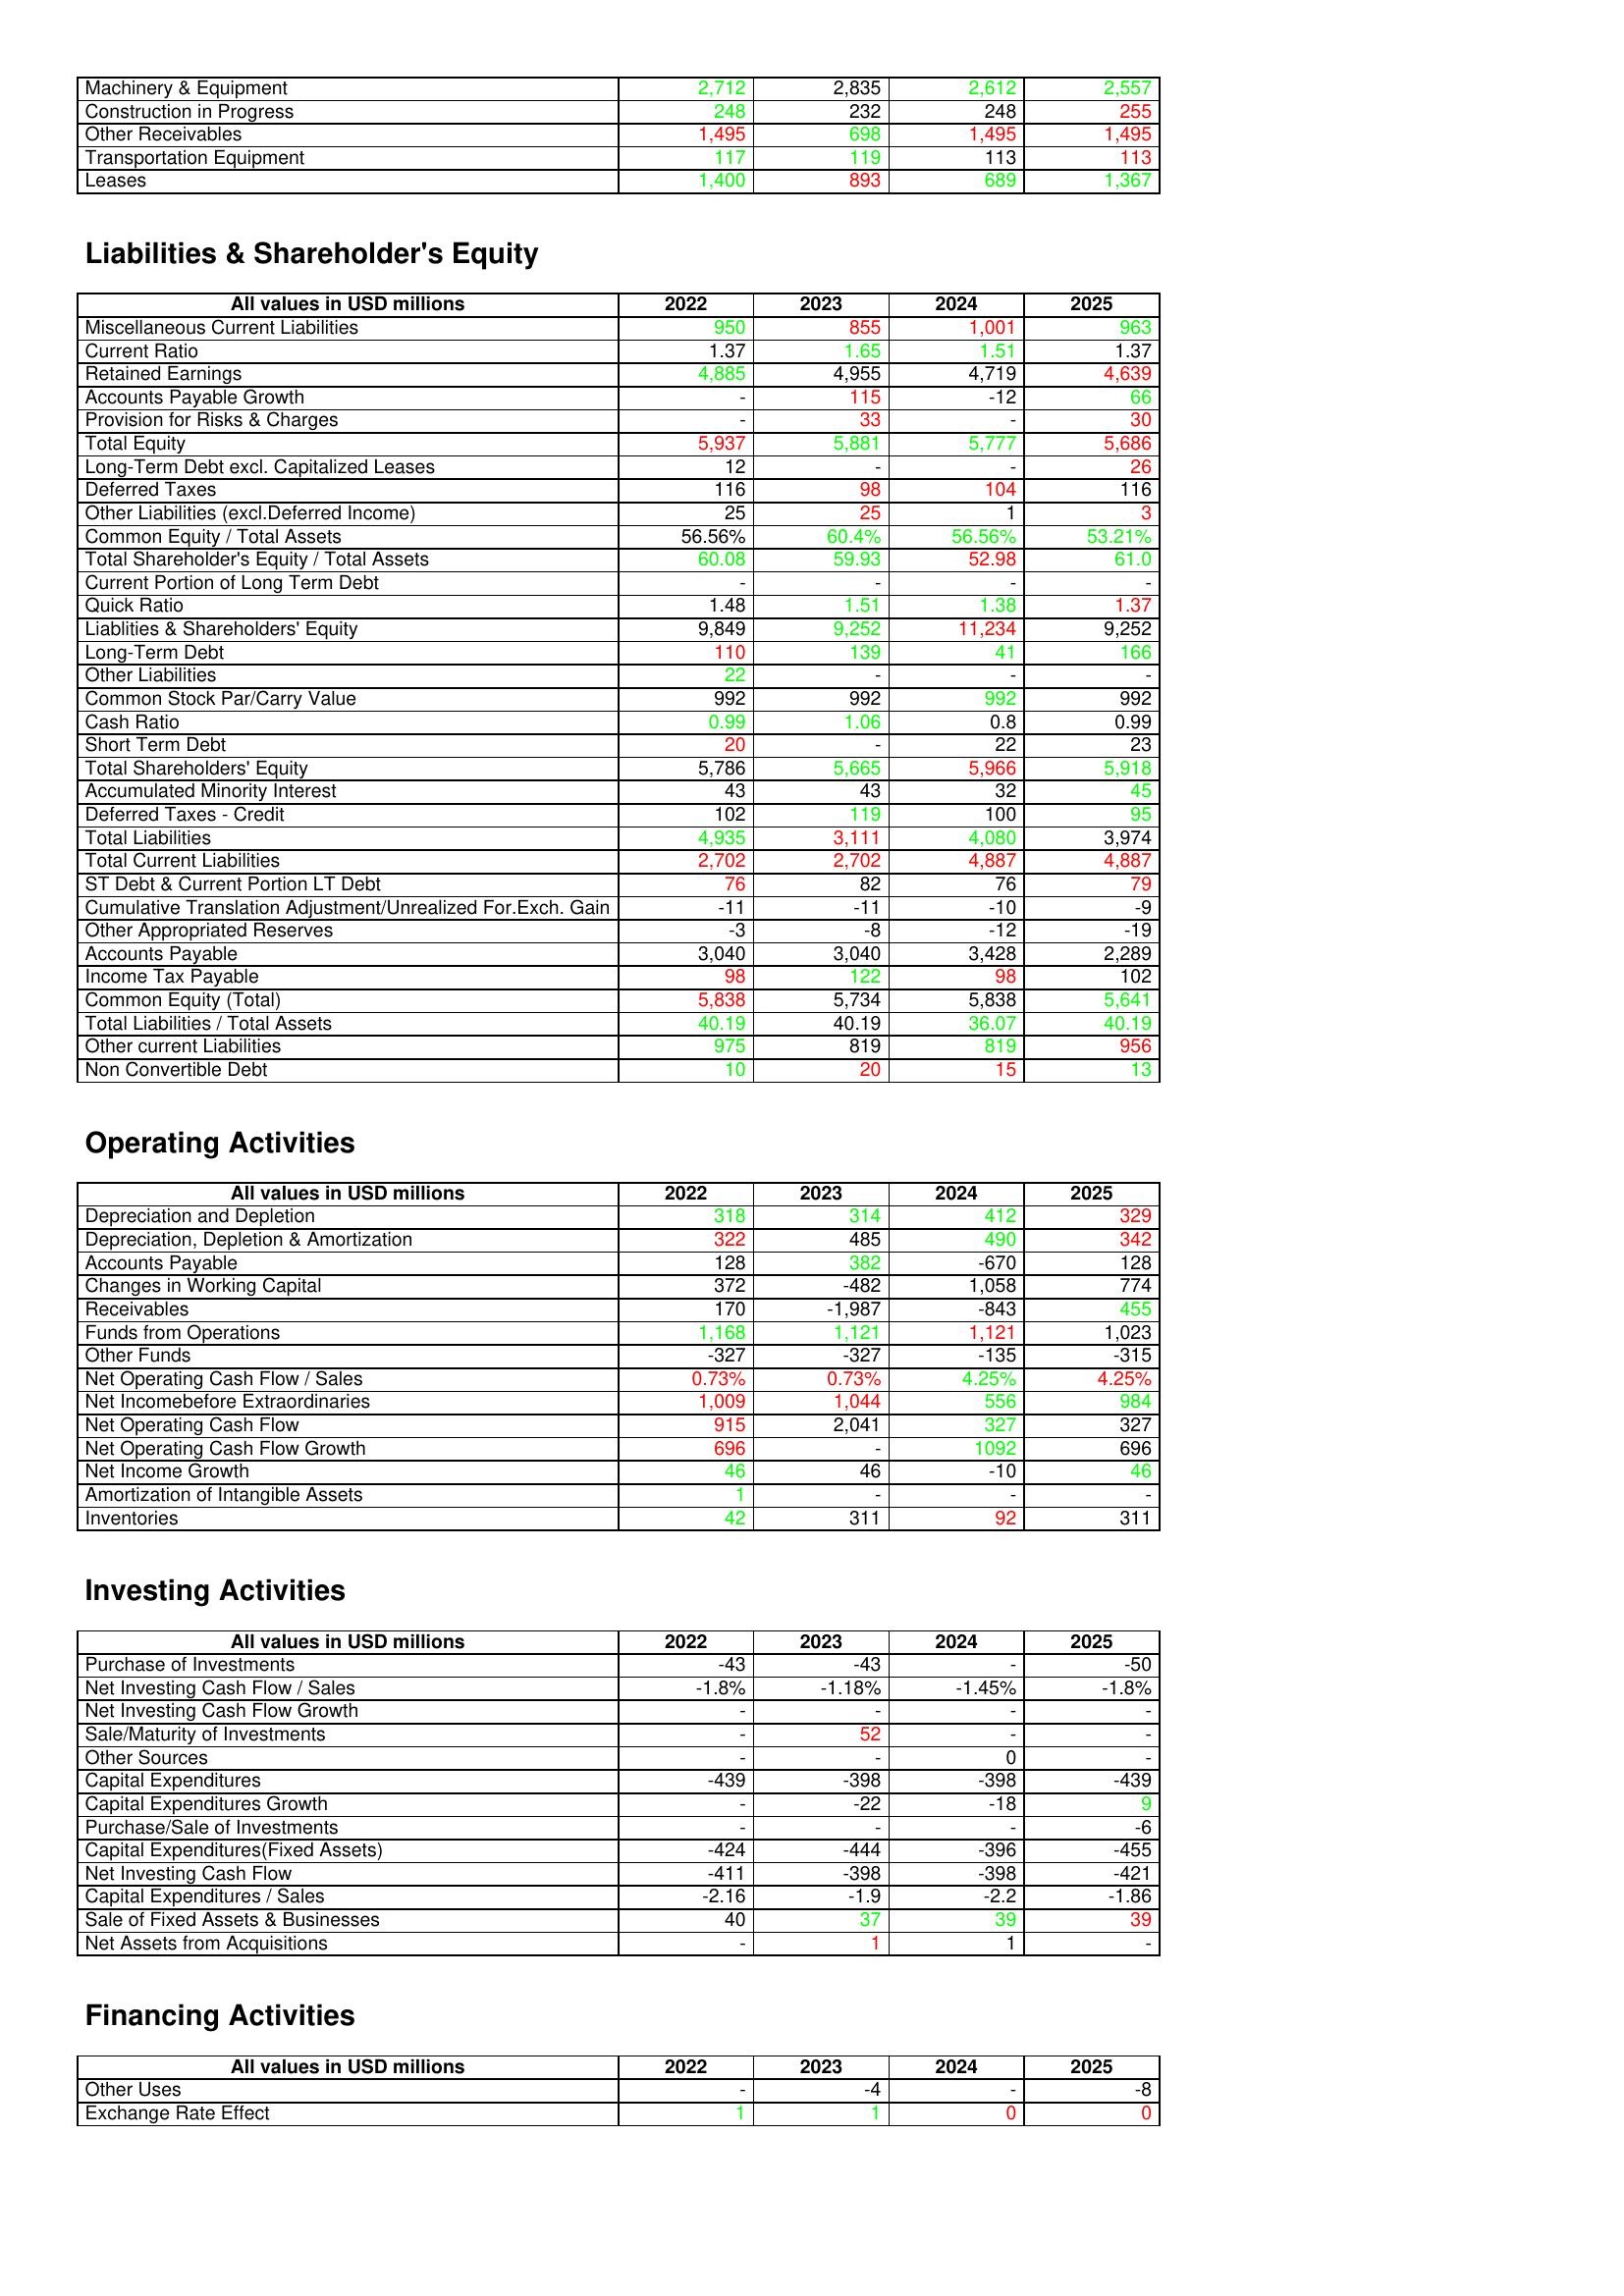
gt_parse: 2022: Assets: Machinery & Equipment: 2,712
Construction in Progress: 248
Other Receivables: 1,495
Transportation Equipment: 117
Leases: 1,400
Liabilities & Shareholder's Equity: Miscellaneous Current Liabilities: 950
Current Ratio: 1.37
Retained Earnings: 4,885
Accounts Payable Growth: -
Provision for Risks & Charges: -
Total Equity: 5,937
Long-Term Debt excl. Capitalized Leases: 12
Deferred Taxes: 116
Other Liabilities (excl.Deferred Income): 25
Common Equity / Total Assets: 56.56%
Total Shareholder's Equity / Total Assets: 60.08
Current Portion of Long Term Debt: -
Quick Ratio: 1.48
Liablities & Shareholders' Equity: 9,849
Long-Term Debt: 110
Other Liabilities: 22
Common Stock Par/Carry Value: 992
Cash Ratio: 0.99
Short Term Debt: 20
Total Shareholders' Equity: 5,786
Accumulated Minority Interest: 43
Deferred Taxes - Credit: 102
Total Liabilities: 4,935
Total Current Liabilities: 2,702
ST Debt & Current Portion LT Debt: 76
Cumulative Translation Adjustment/Unrealized For.Exch. Gain: -11
Other Appropriated Reserves: -3
Accounts Payable: 3,040
Income Tax Payable: 98
Common Equity (Total): 5,838
Total Liabilities / Total Assets: 40.19
Other current Liabilities: 975
Non Convertible Debt: 10
Operating Activities: Depreciation and Depletion: 318
Depreciation, Depletion & Amortization: 322
Accounts Payable: 128
Changes in Working Capital: 372
Receivables: 170
Funds from Operations: 1,168
Other Funds: -327
Net Operating Cash Flow / Sales: 0.73%
Net Incomebefore Extraordinaries: 1,009
Net Operating Cash Flow: 915
Net Operating Cash Flow Growth: 696
Net Income Growth: 46
Amortization of Intangible Assets: 1
Inventories: 42
Investing Activities: Purchase of Investments: -43
Net Investing Cash Flow / Sales: -1.8%
Net Investing Cash Flow Growth: -
Sale/Maturity of Investments: -
Other Sources: -
Capital Expenditures: -439
Capital Expenditures Growth: -
Purchase/Sale of Investments: -
Capital Expenditures(Fixed Assets): -424
Net Investing Cash Flow: -411
Capital Expenditures / Sales: -2.16
Sale of Fixed Assets & Businesses: 40
Net Assets from Acquisitions: -
Financing Activities: Other Uses: -
Exchange Rate Effect: 1
2023: Assets: Machinery & Equipment: 2,835
Construction in Progress: 232
Other Receivables: 698
Transportation Equipment: 119
Leases: 893
Liabilities & Shareholder's Equity: Miscellaneous Current Liabilities: 855
Current Ratio: 1.65
Retained Earnings: 4,955
Accounts Payable Growth: 115
Provision for Risks & Charges: 33
Total Equity: 5,881
Long-Term Debt excl. Capitalized Leases: -
Deferred Taxes: 98
Other Liabilities (excl.Deferred Income): 25
Common Equity / Total Assets: 60.4%
Total Shareholder's Equity / Total Assets: 59.93
Current Portion of Long Term Debt: -
Quick Ratio: 1.51
Liablities & Shareholders' Equity: 9,252
Long-Term Debt: 139
Other Liabilities: -
Common Stock Par/Carry Value: 992
Cash Ratio: 1.06
Short Term Debt: -
Total Shareholders' Equity: 5,665
Accumulated Minority Interest: 43
Deferred Taxes - Credit: 119
Total Liabilities: 3,111
Total Current Liabilities: 2,702
ST Debt & Current Portion LT Debt: 82
Cumulative Translation Adjustment/Unrealized For.Exch. Gain: -11
Other Appropriated Reserves: -8
Accounts Payable: 3,040
Income Tax Payable: 122
Common Equity (Total): 5,734
Total Liabilities / Total Assets: 40.19
Other current Liabilities: 819
Non Convertible Debt: 20
Operating Activities: Depreciation and Depletion: 314
Depreciation, Depletion & Amortization: 485
Accounts Payable: 382
Changes in Working Capital: -482
Receivables: -1,987
Funds from Operations: 1,121
Other Funds: -327
Net Operating Cash Flow / Sales: 0.73%
Net Incomebefore Extraordinaries: 1,044
Net Operating Cash Flow: 2,041
Net Operating Cash Flow Growth: -
Net Income Growth: 46
Amortization of Intangible Assets: -
Inventories: 311
Investing Activities: Purchase of Investments: -43
Net Investing Cash Flow / Sales: -1.18%
Net Investing Cash Flow Growth: -
Sale/Maturity of Investments: 52
Other Sources: -
Capital Expenditures: -398
Capital Expenditures Growth: -22
Purchase/Sale of Investments: -
Capital Expenditures(Fixed Assets): -444
Net Investing Cash Flow: -398
Capital Expenditures / Sales: -1.9
Sale of Fixed Assets & Businesses: 37
Net Assets from Acquisitions: 1
Financing Activities: Other Uses: -4
Exchange Rate Effect: 1
2024: Assets: Machinery & Equipment: 2,612
Construction in Progress: 248
Other Receivables: 1,495
Transportation Equipment: 113
Leases: 689
Liabilities & Shareholder's Equity: Miscellaneous Current Liabilities: 1,001
Current Ratio: 1.51
Retained Earnings: 4,719
Accounts Payable Growth: -12
Provision for Risks & Charges: -
Total Equity: 5,777
Long-Term Debt excl. Capitalized Leases: -
Deferred Taxes: 104
Other Liabilities (excl.Deferred Income): 1
Common Equity / Total Assets: 56.56%
Total Shareholder's Equity / Total Assets: 52.98
Current Portion of Long Term Debt: -
Quick Ratio: 1.38
Liablities & Shareholders' Equity: 11,234
Long-Term Debt: 41
Other Liabilities: -
Common Stock Par/Carry Value: 992
Cash Ratio: 0.8
Short Term Debt: 22
Total Shareholders' Equity: 5,966
Accumulated Minority Interest: 32
Deferred Taxes - Credit: 100
Total Liabilities: 4,080
Total Current Liabilities: 4,887
ST Debt & Current Portion LT Debt: 76
Cumulative Translation Adjustment/Unrealized For.Exch. Gain: -10
Other Appropriated Reserves: -12
Accounts Payable: 3,428
Income Tax Payable: 98
Common Equity (Total): 5,838
Total Liabilities / Total Assets: 36.07
Other current Liabilities: 819
Non Convertible Debt: 15
Operating Activities: Depreciation and Depletion: 412
Depreciation, Depletion & Amortization: 490
Accounts Payable: -670
Changes in Working Capital: 1,058
Receivables: -843
Funds from Operations: 1,121
Other Funds: -135
Net Operating Cash Flow / Sales: 4.25%
Net Incomebefore Extraordinaries: 556
Net Operating Cash Flow: 327
Net Operating Cash Flow Growth: 1092
Net Income Growth: -10
Amortization of Intangible Assets: -
Inventories: 92
Investing Activities: Purchase of Investments: -
Net Investing Cash Flow / Sales: -1.45%
Net Investing Cash Flow Growth: -
Sale/Maturity of Investments: -
Other Sources: 0
Capital Expenditures: -398
Capital Expenditures Growth: -18
Purchase/Sale of Investments: -
Capital Expenditures(Fixed Assets): -396
Net Investing Cash Flow: -398
Capital Expenditures / Sales: -2.2
Sale of Fixed Assets & Businesses: 39
Net Assets from Acquisitions: 1
Financing Activities: Other Uses: -
Exchange Rate Effect: 0
2025: Assets: Machinery & Equipment: 2,557
Construction in Progress: 255
Other Receivables: 1,495
Transportation Equipment: 113
Leases: 1,367
Liabilities & Shareholder's Equity: Miscellaneous Current Liabilities: 963
Current Ratio: 1.37
Retained Earnings: 4,639
Accounts Payable Growth: 66
Provision for Risks & Charges: 30
Total Equity: 5,686
Long-Term Debt excl. Capitalized Leases: 26
Deferred Taxes: 116
Other Liabilities (excl.Deferred Income): 3
Common Equity / Total Assets: 53.21%
Total Shareholder's Equity / Total Assets: 61.0
Current Portion of Long Term Debt: -
Quick Ratio: 1.37
Liablities & Shareholders' Equity: 9,252
Long-Term Debt: 166
Other Liabilities: -
Common Stock Par/Carry Value: 992
Cash Ratio: 0.99
Short Term Debt: 23
Total Shareholders' Equity: 5,918
Accumulated Minority Interest: 45
Deferred Taxes - Credit: 95
Total Liabilities: 3,974
Total Current Liabilities: 4,887
ST Debt & Current Portion LT Debt: 79
Cumulative Translation Adjustment/Unrealized For.Exch. Gain: -9
Other Appropriated Reserves: -19
Accounts Payable: 2,289
Income Tax Payable: 102
Common Equity (Total): 5,641
Total Liabilities / Total Assets: 40.19
Other current Liabilities: 956
Non Convertible Debt: 13
Operating Activities: Depreciation and Depletion: 329
Depreciation, Depletion & Amortization: 342
Accounts Payable: 128
Changes in Working Capital: 774
Receivables: 455
Funds from Operations: 1,023
Other Funds: -315
Net Operating Cash Flow / Sales: 4.25%
Net Incomebefore Extraordinaries: 984
Net Operating Cash Flow: 327
Net Operating Cash Flow Growth: 696
Net Income Growth: 46
Amortization of Intangible Assets: -
Inventories: 311
Investing Activities: Purchase of Investments: -50
Net Investing Cash Flow / Sales: -1.8%
Net Investing Cash Flow Growth: -
Sale/Maturity of Investments: -
Other Sources: -
Capital Expenditures: -439
Capital Expenditures Growth: 9
Purchase/Sale of Investments: -6
Capital Expenditures(Fixed Assets): -455
Net Investing Cash Flow: -421
Capital Expenditures / Sales: -1.86
Sale of Fixed Assets & Businesses: 39
Net Assets from Acquisitions: -
Financing Activities: Other Uses: -8
Exchange Rate Effect: 0